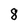
Character: 8